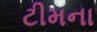
ટીમના